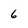
Character: 6